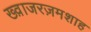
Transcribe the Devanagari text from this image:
ख्व़ाजरज़मशाह